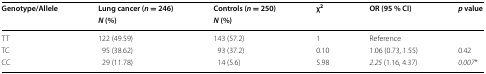
<table><thead><tr><td rowspan="2"><b>Genotype/Allele</b></td><td><b>Lung cancer (<i>n</i> = 246)</b></td><td><b>Controls (<i>n</i> = 250)</b></td><td rowspan="2"><b>χ<sup>2</sup></b></td><td rowspan="2"><b>OR (95 % CI)</b></td><td rowspan="2"><b><i>p</i> value</b></td></tr><tr><td><b><i>N</i> (%)</b></td><td><b><i>N</i> (%)</b></td></tr></thead><tbody><tr><td>TT</td><td>122 (49.59)</td><td>143 (57.2)</td><td>1</td><td>Reference</td><td>[EMPTY_CELL]</td></tr><tr><td>TC</td><td>95 (38.62)</td><td>93 (37.2)</td><td>0.10</td><td>1.06 (0.73, 1.55)</td><td>0.42</td></tr><tr><td>CC</td><td>29 (11.78)</td><td>14 (5.6)</td><td>5.98</td><td><i>2.25</i> (1.16, 4.37)</td><td><i>0.007</i>*</td></tr></tbody></table>